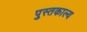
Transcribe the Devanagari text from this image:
पुस्तकाल्य